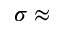
\sigma \approx